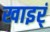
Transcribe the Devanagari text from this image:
खाइर्ं